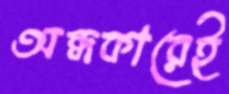
অন্ধকারেই